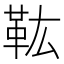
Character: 𩉦